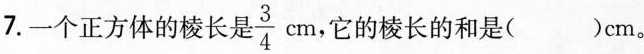
7.一个正方体的棱长 \frac{3}{4}cm，它的棱长的和是( )cm。